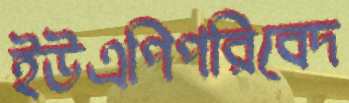
ইউএপিপরিবেদ